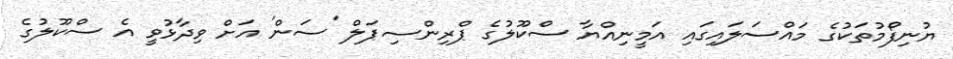
ޔުނިފޯމުތަކުގެ މައްސަލައިގައި އަމީނިއްޔާ ސްކޫލުގެ ޕްރިންސިޕަލް 'ސަން' އަށް ވިދާޅުވީ އެ ސްކޫލުގެ